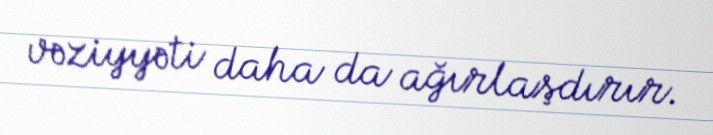
vəziyyəti daha da ağırlaşdırır.